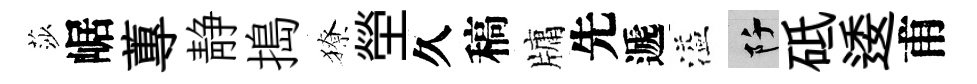
莎崌蓴静搗獠塋久稿牗先遞溢阡砥逶甫